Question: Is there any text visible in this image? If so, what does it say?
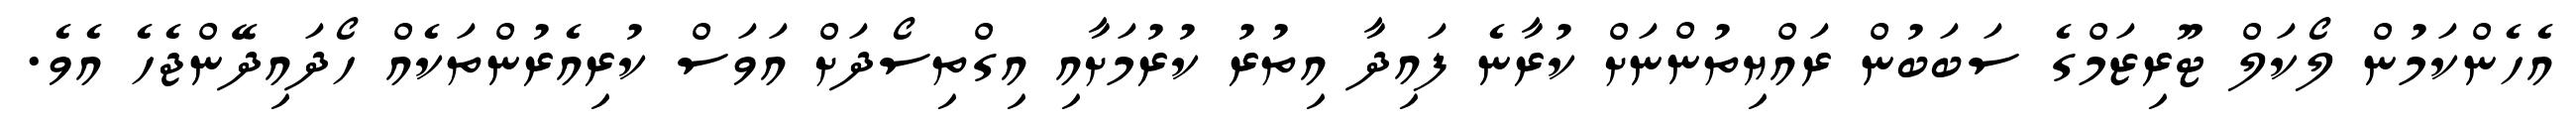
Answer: އެހެންކަމުން ލޯކަލް ޓޫރިޒަމްގެ ސަބަބުން ރައްޔިތުންނަށް ކުރާނެ ފައިދާ އިތުރު ކުރުމަށާއި އިގްތިސޯދަށް އަވަސް ކުރިއެރުންތަކެއް ހޯދައިދޭންޖެހެ އެވެ.